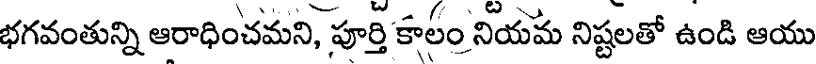
భగవంతున్ని ఆరాధించమని, పూర్తి కాలం నియమ నిష్టలతో ఉండి ఆయు